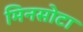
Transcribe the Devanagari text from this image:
मिनसोटा